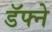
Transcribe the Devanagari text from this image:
डॅफ्ने